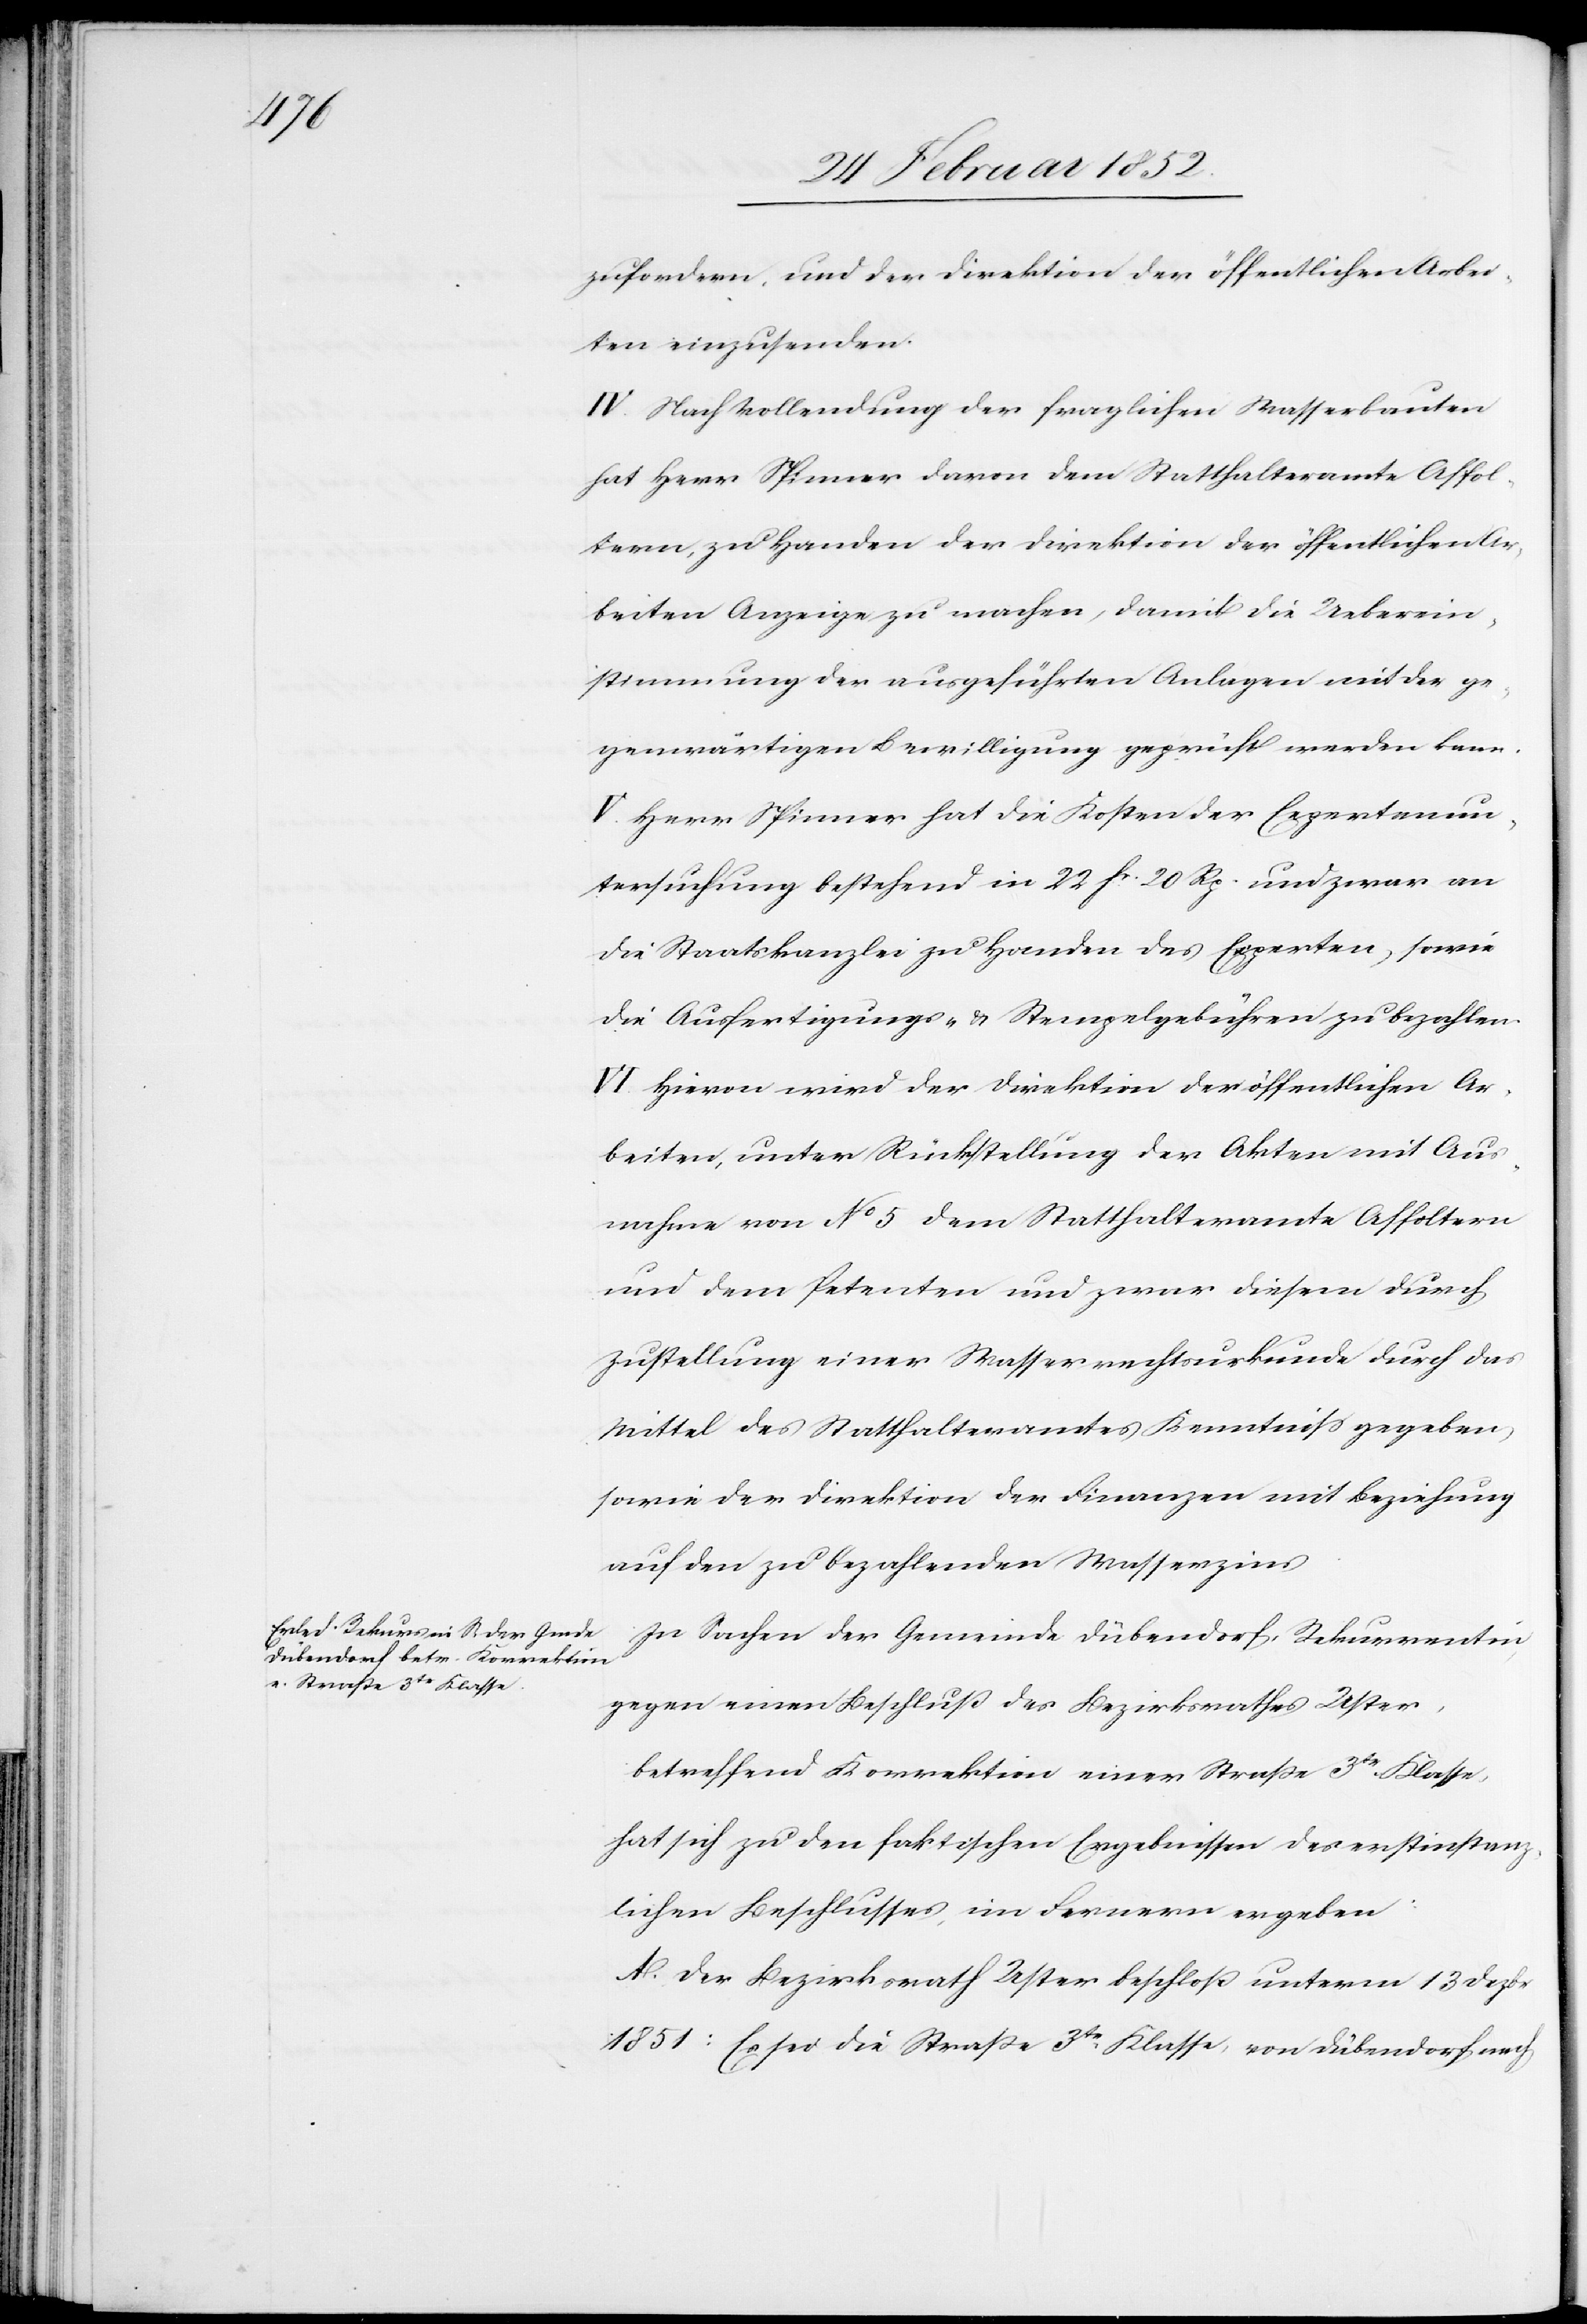
zufordern und der Direktion der öffentlichen Arbei¬
ten einzusenden.
IV. Nach Vollendung der fraglichen Wasserbauten
hat Herr Spinner davon dem Statthalteramte Affol¬
tern zu Handen der Direktion der öffentlichen Ar¬
beiten Anzeige zu machen, damit die Ueberein¬
stimmung der ausgeführten Anlagen mit der ge¬
genwärtigen Bewilligung geprüft werden kann.
V. Herr Spinner hat die Kosten der Expertenun¬
tersuchung bestehend in 22 fr 20 Rp. und zwar an
die Staatskanzlei zu Handen des Experten, sowie
die Ausfertigungs- u. Stempelgebühren zu bezahlen.
VI. Hiervon wird der Direktion der öffentlichen Ar¬
beiten, unter Rückstellung der Akten mit Aus¬
nahme von No 5 dem Statthalteramte Affoltern
und dem Petenten und zwar diesem durch
Zustellung einer Wasserrechtsurkunde durch das
Mittel des Statthalteramtes Kenntniß gegeben
sowie der Direktion der Finanzen mit Beziehung
auf den zu bezahlenden Wasserzins.
In Sachen der Gemeinde Dübendorf, Rekurrentin
gegen einen Beschluß des Bezirksrathes Uster,
betreffend Korrektion einer Straße 3te Klasse,
hat sich zu den faktischen Ergebnissen des erstinstanz¬
lichen Beschlusses, im Fernern ergeben:
A. Der Bezirksrath Uster beschloß unterm 13 Dezbr
1851: Es sei die Straße 3te Klasse, von Dübendorf nach